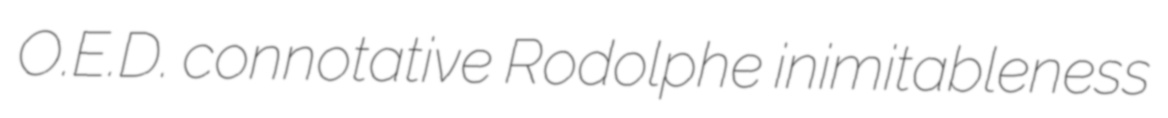
O.E.D. connotative Rodolphe inimitableness